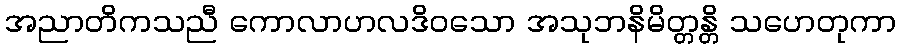
အညာတိကသညီ ကောလာဟလဒိဝသော အသုဘနိမိတ္တန္တိ သဟေတုကာ